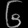
Digit: ၆